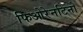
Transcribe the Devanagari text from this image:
फिओरेनटिनो